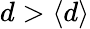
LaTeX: d>\langle d\rangle